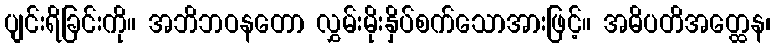
ပျင်းရိခြင်းကို။ အဘိဘဝနတော လွှမ်းမိုးနှိပ်စက်သောအားဖြင့်။ အဓိပတိအတ္ထေန၊